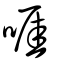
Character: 啀